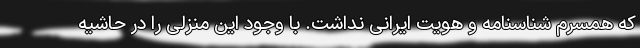
که همسرم شناسنامه و هویت ایرانی نداشت. با وجود این منزلی را در حاشیه